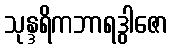
သုန္ဒရိကဘာရဒွါဇော